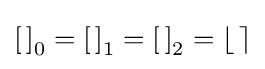
\left[\,\right]_{0}=\left[\,\right]_{1}=\left[\,\right]_{2}=\left\lfloor \,\right\rceil